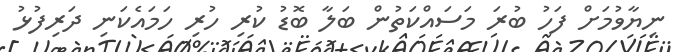
ނިޔާވުމަށް ފަހު ބުރަ މަސައްކަތުން ބަލާ ބޮޑު ކުރި ހުރި ހަމައެކަނި ދަރިފުޅު